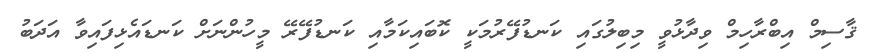
ޤާސިމް އިބްރާހިމް ވިދާޅުވީ މިބިލުގައި ކަނޑުފޭރުމަކީ ކޮބައިކަމާއި ކަނޑުފޭރޭ މީހުންނަށް ކަނޑައެޅިފައިވާ އަދަބު